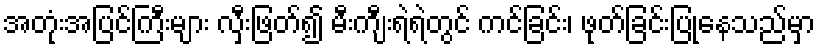
အတုံးအပြင်ကြီးများ လှီးဖြတ်၍ မီးကျီးရဲရဲတွင် ကင်ခြင်း၊ ဖုတ်ခြင်းပြုနေသည်မှာ